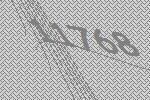
11768